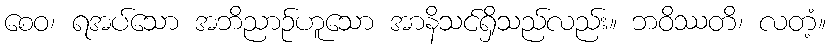
စေဝ၊ ရအပ်သော အဘိညာဉ်ဟူသော အာနိသင်ရှိသည်လည်း။ ဘဝိဿတိ၊ လတံ့။